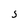
Character: S